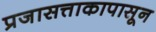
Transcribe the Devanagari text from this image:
प्रजासत्ताकापासून